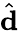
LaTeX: \hat{\mathbf{d}}